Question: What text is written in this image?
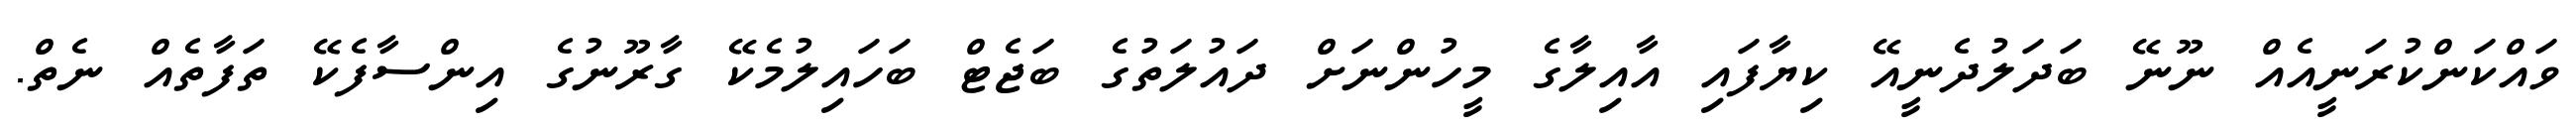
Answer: ވައްކަންކުރަނީއެއް ނޫނޭ ބަދަލުދެނީއޭ ކިޔާފައި އާއިލާގެ މީހުންނަށް ދައުލަތުގެ ބަޖެޓް ބަހައިލުމެކޭ ގާރޫނުގެ އިންސާފެކޭ ތަފާތެއް ނެތް.